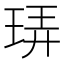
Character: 𪻠